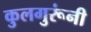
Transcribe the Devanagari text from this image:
कुलगुरूंनी